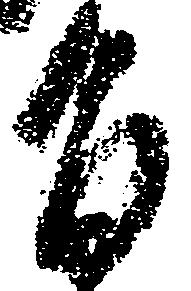
旨